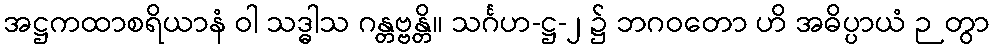
အဋ္ဌကထာစရိယာနံ ဝါ သဒ္ဓါသ ဂန္တဗ္ဗန္တိ။ သင်္ဂဟ-ဋ္ဌ-၂ ၌ ဘဂဝတော ဟိ အဓိပ္ပာယံ ဉတွာ